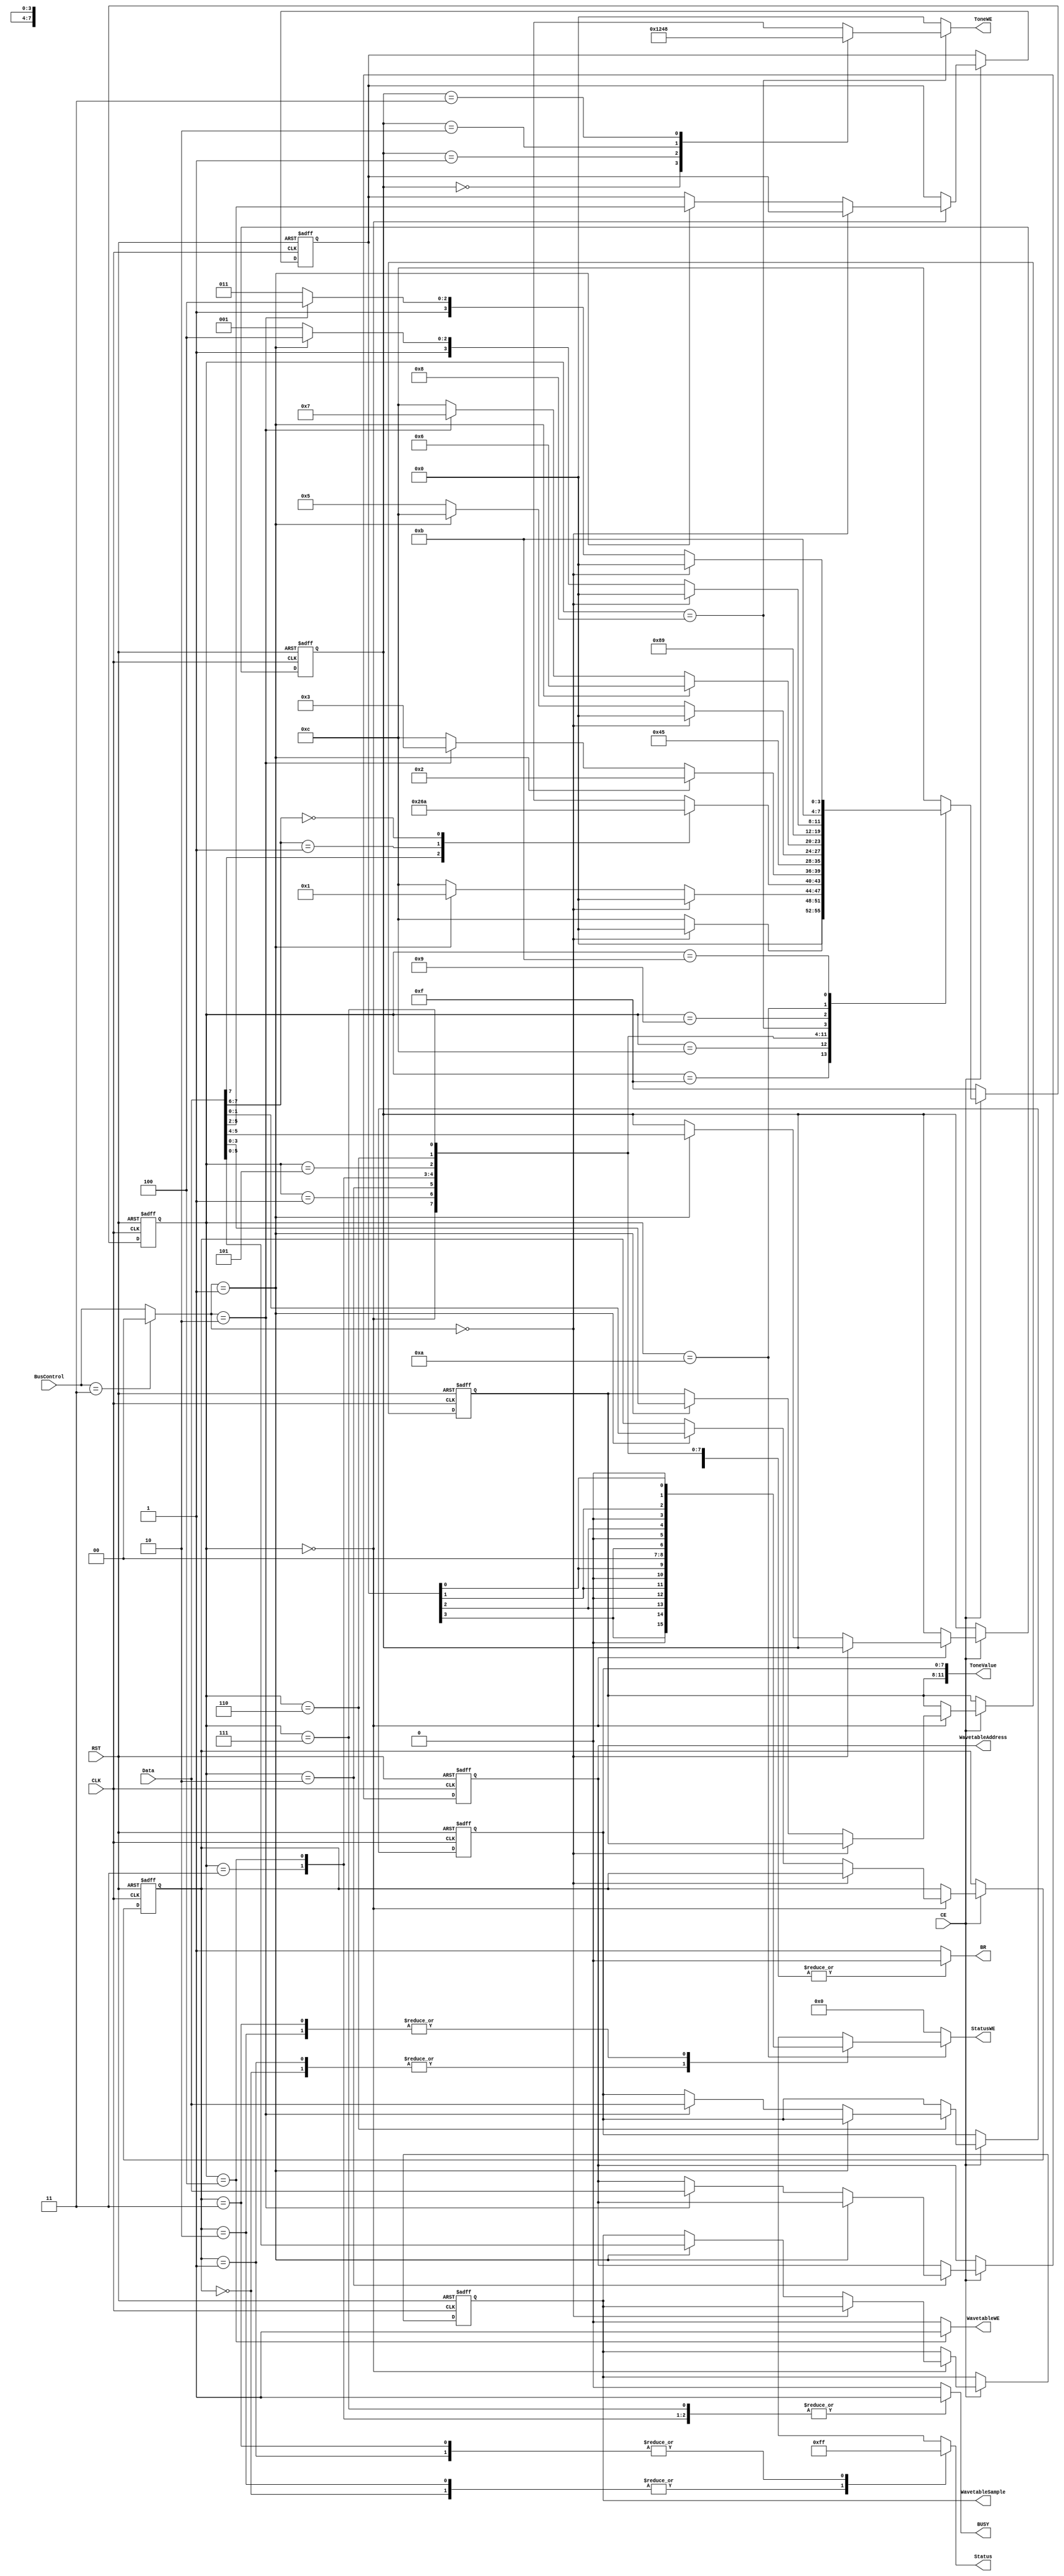
/*  ControlUnit.v - Control unit which controls the receiving of commands from the databus,
    Used to update wavetable memory and register unit.
    
    Copyright 2018 Patrick Cland
    www.setsunasoft.com */

`timescale 1ns / 1ps
module ControlUnit(CLK, RST, CE, BusControl, Data, BUSY, BR, WavetableSample, WavetableAddress, WavetableWE, ToneValue, ToneWE, Status, StatusWE);
    input CLK, RST;
    input CE;
    input[1:0] BusControl;
    input[7:0] Data;
    output reg BUSY;
    output reg BR;
    output reg[5:0] WavetableSample;
    output reg[7:0] WavetableAddress;
    output reg WavetableWE;
    output reg[11:0] ToneValue;
    output reg[3:0] ToneWE;
    output reg[7:0] Status;
    output reg[7:0] StatusWE;
    
    //Internally convert Bus Control signals of 11 to 00.
    wire[1:0] BC;
    assign BC = (BusControl == 2'b11 ? 2'b00 : BusControl);
    
    //Registers to store data from bus line
    reg[5:0] WavetableSample_reg;
    reg[7:0] WavetableAddress_reg;
    
    reg[3:0] ToneUpper_reg;
    reg[7:0] ToneLower_reg;
    reg[1:0] ToneRegSelect_reg;
    
    reg[3:0] StatusRegSelect_reg;
    reg[1:0] StatusCode_reg;
    
    //State machine definitions
    reg[3:0] State;
    parameter IDLE_INITIAL          = 4'b0000;
    parameter BYTE_1_PROCESS        = 4'b0001;
    parameter ADDR_BYTE_2_WAIT_IDLE = 4'b0010;
    parameter ADDR_BYTE_2_PROCESS   = 4'b0011;
    parameter ADDR_WRITE_BACK       = 4'b0100;
    parameter ADDR_COMPLETE_IDLE    = 4'b0101;
    
    parameter TONE_BYTE_2_WAIT_IDLE = 4'b0110;
    parameter TONE_BYTE_2_PROCESS   = 4'b0111;
    parameter TONE_WRITE_BACK       = 4'b1000;
    parameter TONE_COMPLETE_IDLE    = 4'b1001;
    
    parameter STATUS_WRITE_BACK     = 4'b1010;
    parameter STATUS_COMPLETE_IDLE  = 4'b1011;
    
    parameter INVALID_STATE         = 4'b1100;
    
    parameter CHIP_DISABLED         = 4'b1111;
    
    //Status codes
    parameter CHANNEL_OFF   = 4'b00;
    parameter CHANNEL_ON    = 4'b01;
    parameter SET_TO_WAVE   = 4'b10;
    parameter SET_TO_NOISE  = 4'b11;
    
    //Bus Control codes
    parameter IDLE  = 2'b00;
    parameter BYTE1 = 2'b01;
    parameter BYTE2 = 2'b10;
    
    //Request instruction codes
    parameter REQ_ADDR      = 2'b1x;
    parameter REQ_TONE      = 2'b01;
    parameter REQ_STATUS    = 2'b00;
    
    //function to generate write enable signals for status register
    function [7:0] MakeStatusWE;
        input[1:0] StatusCode;
        input[3:0] StatusRegSelect;
        
        
        //Reg select is in the format of R3 R2 R1 R0
        case(StatusCode)
            CHANNEL_OFF:    MakeStatusWE = {StatusRegSelect[3], 1'b0, StatusRegSelect[2], 1'b0, StatusRegSelect[1], 1'b0, StatusRegSelect[0], 1'b0};
            CHANNEL_ON:     MakeStatusWE = {StatusRegSelect[3], 1'b0, StatusRegSelect[2], 1'b0, StatusRegSelect[1], 1'b0, StatusRegSelect[0], 1'b0};
            SET_TO_WAVE:    MakeStatusWE = {1'b0, StatusRegSelect[3], 1'b0, StatusRegSelect[2], 1'b0, StatusRegSelect[1], 1'b0, StatusRegSelect[0]};
            SET_TO_NOISE:   MakeStatusWE = {1'b0, StatusRegSelect[3], 1'b0, StatusRegSelect[2], 1'b0, StatusRegSelect[1], 1'b0, StatusRegSelect[0]};
        endcase
    endfunction
    
    //function to create status output for updating status register
    //The output is in effect ANDed with the StatusWE bitmask to determine how each register is affected.
    //Therefore, the bits for noise for off/on, and the bits for off/on for noise requests don't really matter what they are.
    function [7:0] MakeStatusOutput;
        input[1:0] StatusCode;
        
        //Status output follows format: OnOff3 Noise3 OnOff2 Noise2 OnOff1 Noise1 OnOff0 Noise0
        //Write enable follows the same format.
        case(StatusCode)
            CHANNEL_OFF:    MakeStatusOutput = 8'b00000000;
            CHANNEL_ON:     MakeStatusOutput = 8'b11111111;
            SET_TO_WAVE:    MakeStatusOutput = 8'b00000000;
            SET_TO_NOISE:   MakeStatusOutput = 8'b11111111;
        endcase
    endfunction
    
    //function to create 4-bit output representing WE of register from packed 2-bit format
    function [3:0] MakeToneWE;
        input[1:0] ToneRegSelect;
        case(ToneRegSelect)
            2'b00: MakeToneWE = 4'b0001;
            2'b01: MakeToneWE = 4'b0010;
            2'b10: MakeToneWE = 4'b0100;
            2'b11: MakeToneWE = 4'b1000;
        endcase
    endfunction
    
    //Logic to advance state machine
    always @ (posedge CLK or negedge RST) begin
        if(!RST) begin
            State <= CHIP_DISABLED; //When we are reset, disable any requests
            WavetableSample_reg     <= 6'd0;
            WavetableAddress_reg    <= 8'd0;
            ToneUpper_reg           <= 4'd0;
            ToneLower_reg           <= 8'd0;
            ToneRegSelect_reg       <= 2'd0;
            StatusRegSelect_reg     <= 4'd0;
            StatusCode_reg          <= 2'd0;
        end else begin
            //Only allow advancement of state machine while chip is enabled!
            if(CE) begin
                case(State)
                    //If the chip was previously disabled, move to the initial idle state to allow processing of requests
                    CHIP_DISABLED: State <= IDLE_INITIAL;
                    //When in the invalid state, BC=00 allows to begin receiving requests again
                    INVALID_STATE: State <= (BC == IDLE ? IDLE_INITIAL : INVALID_STATE);
                    //When in the initial idle state, after receiving BYTE1 (BC=01) allows advancement to processing the request
                    IDLE_INITIAL: begin
                        if(BC == IDLE) State <= IDLE_INITIAL;
                        else if(BC == BYTE1) begin //Sample data once BC has been asserted BYTE1 as it should be ready. For all cases.
                            State <= BYTE_1_PROCESS;
                            WavetableSample_reg <= Data[5:0];
                            ToneRegSelect_reg <= Data[5:4];
                            ToneUpper_reg <= Data[3:0];
                            StatusRegSelect_reg <= Data[5:2];
                            StatusCode_reg <= Data[1:0];
                        end
                        else State <= INVALID_STATE;
                    end
                    //Based off the type of request, go to each respective state
                    BYTE_1_PROCESS: begin
                        casex(Data[7:6])
                            REQ_ADDR:   State <= ADDR_BYTE_2_WAIT_IDLE;
                            REQ_TONE:   State <= TONE_BYTE_2_WAIT_IDLE;
                            REQ_STATUS: State <= STATUS_WRITE_BACK;
                        endcase
                    end
                    //========================================================================================================================
                    //==============================================   ADDRESS STATES   ======================================================
                    //========================================================================================================================
                    //Be idle until BC=10, where the address data is sampled
                    ADDR_BYTE_2_WAIT_IDLE: begin
                        if(BC == BYTE1) State <= ADDR_BYTE_2_WAIT_IDLE;
                        else if(BC == BYTE2) begin //Sample data once BC has been asserted BYTE2 as is it should be ready
                            State <= ADDR_BYTE_2_PROCESS;
                            WavetableAddress_reg <= Data[7:0];
                        end
                        else State <= INVALID_STATE;
                    end
                    //Process the second byte and immediately go to writeback stage
                    ADDR_BYTE_2_PROCESS: State <= ADDR_WRITE_BACK;
                    //After write back stage immediately go to complete idle state
                    ADDR_WRITE_BACK: State <= ADDR_COMPLETE_IDLE;
                    //Only go back to initial idle state on BC=00. If BC=01, go to invalid state, if BC=10, stay in idle state
                    ADDR_COMPLETE_IDLE: begin
                        if(BC == IDLE) State <= IDLE_INITIAL;
                        else if(BC == BYTE1) State <= INVALID_STATE;
                        else State <= ADDR_COMPLETE_IDLE;
                    end
                    //========================================================================================================================
                    //==============================================   TONE    STATES   ======================================================
                    //========================================================================================================================
                    //Be idle until BC=10, where the tone data is sampled
                    TONE_BYTE_2_WAIT_IDLE: begin
                        if(BC == BYTE1) State <= TONE_BYTE_2_WAIT_IDLE;
                        else if(BC == BYTE2) begin //sample data once BC has been asserted as it should be ready
                            State <= TONE_BYTE_2_PROCESS;
                            ToneLower_reg <= Data[7:0];
                        end
                        else State <= INVALID_STATE;
                    end
                    //Process the second byte and immediately go to writeback stage
                    TONE_BYTE_2_PROCESS: State <= TONE_WRITE_BACK;
                    //After write back stage immediately go to complete idle state
                    TONE_WRITE_BACK: State <= TONE_COMPLETE_IDLE;
                    //Only go back to initial idle state on BC=00. If BC=01, go to invalid state, if BC=10, stay in idle state
                    TONE_COMPLETE_IDLE: begin
                        if(BC == IDLE) State <= IDLE_INITIAL;
                        else if(BC == BYTE1) State <= INVALID_STATE;
                        else State <= TONE_COMPLETE_IDLE;
                    end
                    //========================================================================================================================
                    //==============================================   STATUS  STATES   ======================================================
                    //========================================================================================================================
                    //After write backs tage immediately go to complete idle state
                    STATUS_WRITE_BACK: State <= STATUS_COMPLETE_IDLE;
                    //Only go back to initial idle state on BC=00. 01 stay in same state, 10 go to invalid state
                    STATUS_COMPLETE_IDLE: begin
                        if(BC == IDLE) State <= IDLE_INITIAL;
                        else if(BC == BYTE2) State <= INVALID_STATE;
                        else State <= STATUS_COMPLETE_IDLE;
                    end
                    //Default case, just go to invalid state
                    default: State <= INVALID_STATE;
                endcase
            //If CE is disabled, force it to this specific state and don't allow it to change
            end else begin
                State <= CHIP_DISABLED;
            end
        end
    end
    
    
    //State machine state outputs
    always @ (*) begin
        case(State)
            //Address
            IDLE_INITIAL:           begin BUSY = 1'b0; BR = 1'b0; WavetableWE = 1'b0; ToneWE = 4'b0000; StatusWE = 8'b00000000; end
            BYTE_1_PROCESS:         begin BUSY = 1'b1; BR = 1'b0; WavetableWE = 1'b0; ToneWE = 4'b0000; StatusWE = 8'b00000000; end
            ADDR_BYTE_2_WAIT_IDLE:  begin BUSY = 1'b0; BR = 1'b0; WavetableWE = 1'b0; ToneWE = 4'b0000; StatusWE = 8'b00000000; end
            ADDR_BYTE_2_PROCESS:    begin BUSY = 1'b1; BR = 1'b0; WavetableWE = 1'b0; ToneWE = 4'b0000; StatusWE = 8'b00000000; end  
            ADDR_WRITE_BACK:        begin BUSY = 1'b1; BR = 1'b0; WavetableWE = 1'b1; ToneWE = 4'b0000; StatusWE = 8'b00000000; end
            ADDR_COMPLETE_IDLE:     begin BUSY = 1'b0; BR = 1'b0; WavetableWE = 1'b0; ToneWE = 4'b0000; StatusWE = 8'b00000000; end
            //Tone
            TONE_BYTE_2_WAIT_IDLE:  begin BUSY = 1'b0; BR = 1'b0; WavetableWE = 1'b0; ToneWE = 4'b0000; StatusWE = 8'b00000000; end
            TONE_BYTE_2_PROCESS:    begin BUSY = 1'b1; BR = 1'b0; WavetableWE = 1'b0; ToneWE = 4'b0000; StatusWE = 8'b00000000; end
            TONE_WRITE_BACK:        begin BUSY = 1'b1; BR = 1'b0; WavetableWE = 1'b0; ToneWE = MakeToneWE(ToneRegSelect_reg); StatusWE = 8'b00000000; end
            TONE_COMPLETE_IDLE:     begin BUSY = 1'b0; BR = 1'b0; WavetableWE = 1'b0; ToneWE = 4'b0000; StatusWE = 8'b00000000; end
            //Status    
            STATUS_WRITE_BACK:      begin BUSY = 1'b1; BR = 1'b0; WavetableWE = 1'b0; ToneWE = 4'b0000; StatusWE = MakeStatusWE(StatusCode_reg, StatusRegSelect_reg); end
            STATUS_COMPLETE_IDLE:   begin BUSY = 1'b0; BR = 1'b0; WavetableWE = 1'b0; ToneWE = 4'b0000; StatusWE = 8'b00000000; end
                
            INVALID_STATE:          begin BUSY = 1'b0; BR = 1'b1; WavetableWE = 1'b0; ToneWE = 4'b0000; StatusWE = 8'b00000000; end
            CHIP_DISABLED:          begin BUSY = 1'b0; BR = 1'b0; WavetableWE = 1'b0; ToneWE = 4'b0000; StatusWE = 8'b00000000; end
            //Shouldn't ever really be accessed, but required nonetheless.
            default:                begin BUSY = 1'b0; BR = 1'b1; WavetableWE = 1'b0; ToneWE = 4'b0000; StatusWE = 8'b00000000; end
        endcase
        //Assign outputs
        WavetableSample = WavetableSample_reg;
        WavetableAddress = WavetableAddress_reg;
        ToneValue = {ToneUpper_reg, ToneLower_reg};
        Status = MakeStatusOutput(StatusCode_reg);
    end
    
endmodule